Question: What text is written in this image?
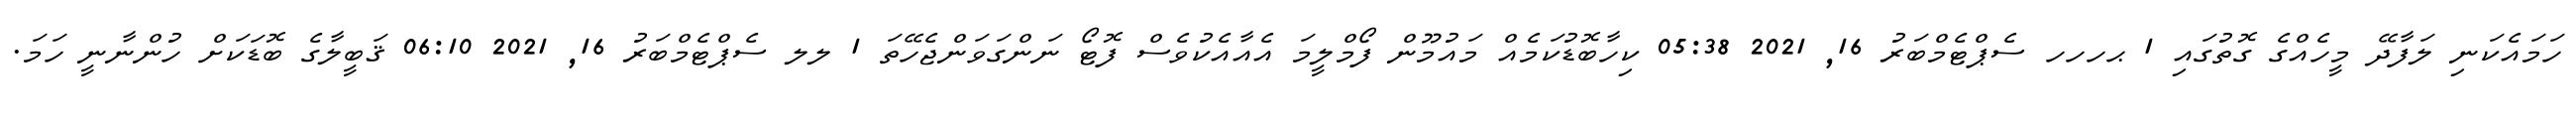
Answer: ހަމައެކަނި ލަފާދޭ މީހެއްގެ ގޮތުގައި 1 ޙހހހ ސެޕްޓެމްބަރު 16, 2021 05:38 ކިހާބޮޑުކަމެއް މައުމޫން ފޯމްލީމަ އެއާއެކުވެސް ފޮޓޯ ނަންގަވަންޖެހޭތަ 1 ލލ ސެޕްޓެމްބަރު 16, 2021 06:10 ޤަބީލާގެ ބޮޑަކަށް ހުންނާނީ ހަމަ.